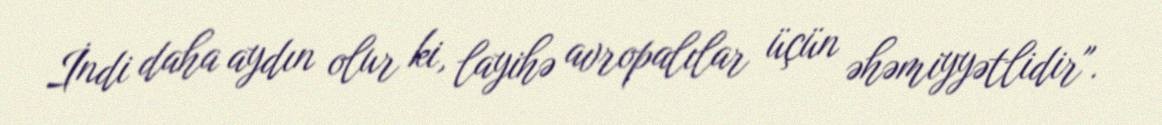
İndi daha aydın olur ki, layihə avropalılar üçün əhəmiyyətlidir".